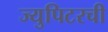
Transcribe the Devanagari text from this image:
ज्युपिटरची